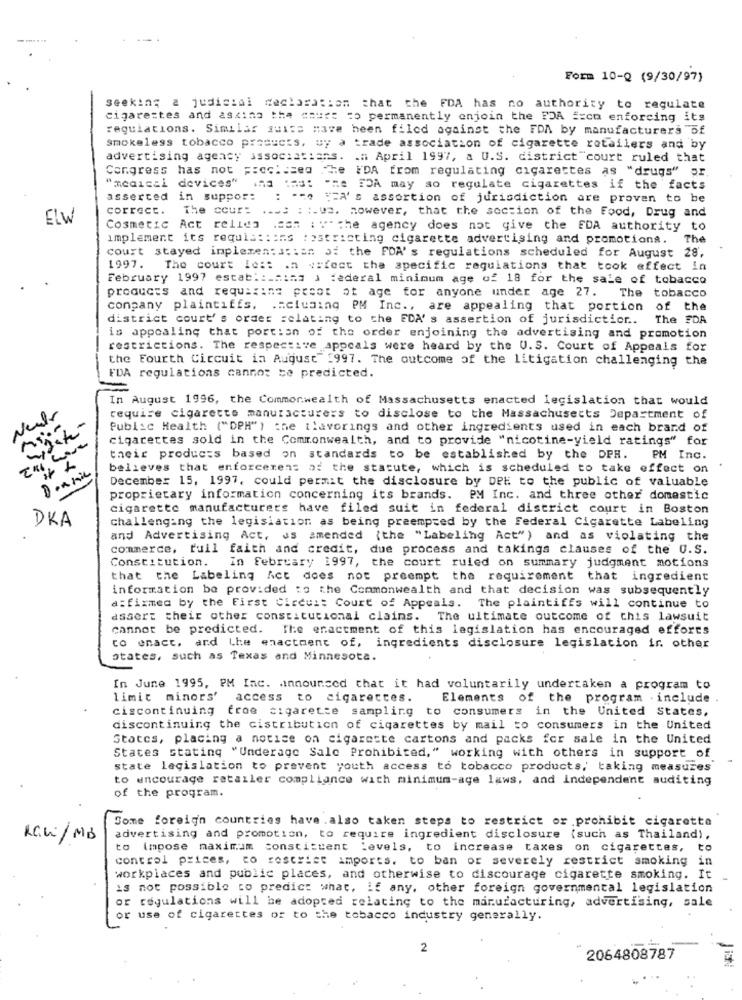
Form 10-Q (9/30/97)
seeking a judicial declaration that the FDA has no authority to regulate
cigarettes and asking the "muss =o permanently enjoin the FDA == cn enforcing its
regulations. Similar suits mave heen filed against the FDA by manufacturers of
smokeless tobacco products, uy a trade association of cigarette retailers and by
advertising agency associatians. . a April 1997, a U.S. district court ruled that
Congress has not ;: es: szeg Te
"DA from regulating cigarettes as "drugs" pr.
"medical devices" ind :ad: "me "DA may so regulate cigarettes if the facts
asserted in suppor:
: == == A's assertion of jurisdiction are proven to be
correct.
The cour: ...: : :. vs. however, that the section of the Food, Drug and
ELW
Cosmetic Act relies .com : v- the agency does not give the FDA authority to
implement its requiss:ins restricting cigarette advertising and promotions.
The
court stayed implementation of the FDA' s regulations scheduled for August 28,
1997.
The court le :: . a vyfeet the specific regulations that took effect in
February 1997 estab ::. mina ) :ederal minimum age of 18 for the sale of tobacco
products and requiring proet ot age for anyone under age 27. The tobacco
conpany plaintiffs. .. ciusing PM Inc ., are appealing that portion of the
district court' s order relating to the FDA' s assertion of jurisdiction .. The FDA
is appealing that portion of the order enjoining the advertising and promotion
restrictions. The respective appeals were heard by the U.S. Court of Appeals for
the Fourth Circuit in August 1997. The outcome of the litigation challenging the
FDA regulations cannot be predicted.
In August 1996, the Commonwealth of Massachusetts enacted legislation that would
Neutr
require cigarette manufacturers to disclose to the Massachusetts Department of
Public Health ("DPH") che ilavorings and other ingredients used in each brand of
cai hua
cigarettes sold in the Commonwealth, and to provide "nicotine-yield ratings" for
their products based on standards to be established by the DPH. PM Inc.
believes that enforcerens of the statute, which is scheduled to take effect on
December 15, 1997. could permit the disclosure by DPE to the public of valuable
proprietary information concerning its brands. PM Inc. and three other domestic
cigarette manufacturers have filed suit in federal district court in Boston
DKA
challenging the legislation as being preempsed by the Federal Cigarette Labeling
and Advertising Act, as amended {the "Labeling Act") and as violating the
commerce, tuil faith and credit, due process and takings clauses of the U.S.
Constitution. In february 1997, the court ruled on summary judgment motions
that the Labeling Act does not preempt the requirement that ingredient
information be provided :o the Commonwealth and that decision was subsequently
a:fixmed by the First Circuit Court of Appeals. The plaintiffs will continue to
assert their other constitucional claims. The ultimate outcome of this lawsuit
cannot be predicted. The enactment of this legislation has encouraged efforts
co enact, and Lhe enactment of, ingredients disclosure legislation ir. other
states, such as Texas and Minnesota.
In June 1995, PM Inc. announced that it had voluntarily undertaken a program to
limit minors' access to cigarettes.
Elements of the program . include .
ciscontinuing froe cigarette sampling to consumers in the United States,
discontinuing the cistribution of cigarettes by mail to consumers in the United
States, placing a notice on cigarette cartons and packs for sale in the United
States Stating "Underage Salc Prohibited," working with others in support of
state legislation to prevent youth access to tobacco products, taking measures
to encourage retailer compliance with minimum-age laws, and independent auditing
of the program.
Some foreign countries have .also taken steps to restrict or prohibit cigarette
RCW/ MB
advertising and promotion, to require ingredient disclosure (such as Thailand),
to impose maximum constituent Levels, to increase taxes on cigarettes, to
control prices, co restrict imports. to ban or severely restrict smoking in
workplaces and public places, and otherwise to discourage cigarette smoking. It
is not possible to predict what, if any, other foreign governmental legislation
or regulations will be adopted relating to the manufacturing, advertising, sale
or use of cigarettes or to the tobacco industry generally.
2
2064808787